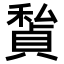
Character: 𥢅